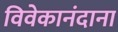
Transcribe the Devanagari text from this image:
विवेकानंदाना